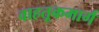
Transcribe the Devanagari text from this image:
वाहतूकमार्ग